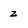
Character: z